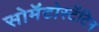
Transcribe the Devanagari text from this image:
सोमॅटोस्टॅटिन